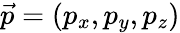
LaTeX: \vec{p}=(p_{x},p_{y},p_{z})